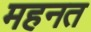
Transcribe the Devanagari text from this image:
महनत